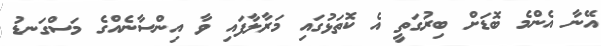
އޭނާ އެންމެ ބޮޑަށް ބިރުގަތީ އެ ކޮތަޅުގައި މަރާލާފައި ވާ އިންސާނެއްގެ މަސްގަނޑު